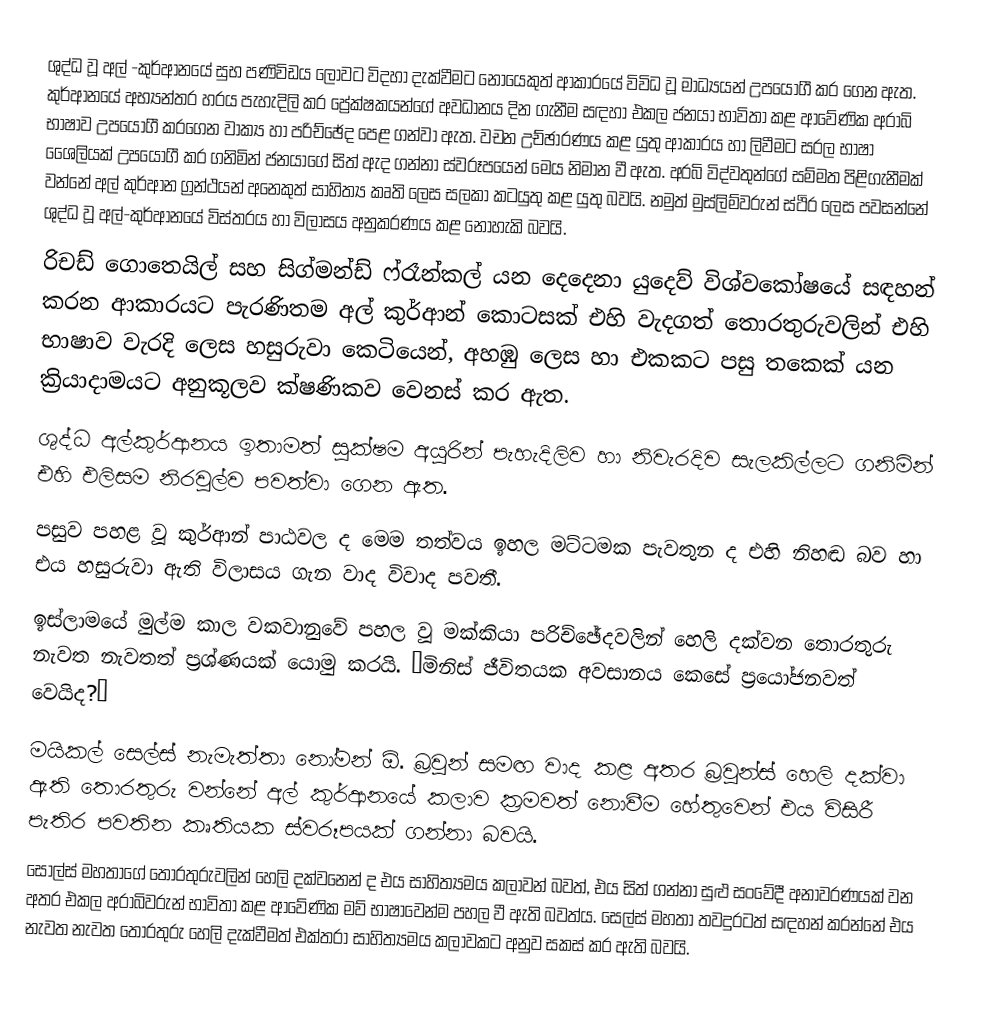
ශුද්ධ වූ අල් -කුර්ආනයේ සුභ පණිවිඩය ලොවට විදහා දැක්වීමට නොයෙකුත් ආකාරයේ විවිධ වූ මාධ්‍යයන් උප‍යෝගී කර ගෙන ඇත. කුර්ආනයේ අභ්‍යන්තර හරය පැහැදිලි කර ප්‍රේක්ෂකයන්ගේ අවධානය දින ගැනීම සඳහා එකල ජනයා භාවිතා කළ ආවේණික අරාබි භාෂාව උපයෝගී කරගෙන වාක්‍ය හා පරිච්ඡේද පෙළ ගන්වා ඇත. වචන උච්ඡාරණය කළ යුතු ආකාරය හා ලිවීමට සරල භාෂා ශෛලියක් උපයෝගී කර ගනිමින් ජනයාගේ සිත් ඇද ගන්නා ස්වරූපයෙන් මෙය නිමාන වී ඇත. අරබි විද්වතුන්ගේ සම්මත පිළිගැනීමක් වන්නේ අල් කුර්ආන‍් ග්‍රන්ථ‍යන් අනෙකුත් සාහිත්‍ය කෘති ලෙස සලකා කටයුතු කළ යුතු බවයි. නමුත් මුස්ලිම්වරුන් ස්ථිර ලෙස පවසන්නේ ශුද්ධ වූ අල්-කුර්ආනයේ විස්තරය හා විලාසය අනුකරණය කළ නොහැකි බවයි.
රිචඩ් ගොතෙයිල් සහ සිග්මන්ඩ් ෆ්රෑන්කල් යන දෙදෙනා යුදෙව් විශ්වකෝෂයේ සඳහන් කරන ආකාරයට පැරණිතම අල් කුර්ආන් කොටසක් එහි වැදගත් තොරතුරුවලින් එහි භාෂාව වැරදි ලෙස හසුරුවා කෙටියෙන්, අහඹු ලෙස  හා එකකට පසු තකෙක් යන ක්‍රියාදාමයට අනුකූලව ක්ෂණිකව වෙනස් කර ඇත.
ශුද්ධ අල්කුර්ආනය ඉතාමත් සූක්ෂම අයුරින් පැහැදිලිව හා නිවැරදිව සැලකිල්ලට ගනිමින් එහි එලිසම නිරවුල්ව පවත්වා ගෙන ඇත.
පසුව පහළ වූ කුර්ආන් පාඨවල ද මෙම තත්වය ඉහල මට්ටමක පැවතුන ද එහි නිහඬ බව හා එය හසුරුවා ඇති විලාසය ගැන වාද විවාද පවතී.
ඉස්ලාමයේ මුල්ම කාල වකවානුවේ පහල වූ මක්කියා පරිච්ඡේදවලින් හෙලි දක්වන තොරතුරු නැවත නැවතත් ප්‍රශ්ණයක් යොමු කරයි. “මිනිස් ජීවිතයක අවසානය කෙසේ ප්‍රයෝජනවත් වෙයිද?”
මයිකල් සෙල්ස් නැමැත්තා නෝමන් ඕ. බ්‍රවුන් සමඟ වාද කළ අතර බ්‍රවුන්ස් හෙලි දක්වා ඇති තොරතුරු වන්නේ අල් කුර්ආනයේ කලාව ක්‍රමවත් නොවීම හේතුවෙන් එය විසිරී පැතිර පවතින කෘතියක ස්වරූපයක් ගන්නා බවයි.
සෝල්ස් මහතාගේ තොරතුරුවලින් හෙලි දක්වන‍්නේ ද එය සාහිත්‍යමය කලාවන් බවත්, එය සිත් ගන්නා සුළු සංවේදී අනාවරණයක් වන අතර එකල අරාබිවරුන් භාවිතා කළ ආවේණික මව්  භාෂාවෙන්ම පහල වී ඇති බවත්ය. සෙල්ස් මහතා තවදුරටත් සඳහන් කරන්නේ එය නැවත නැවත තොරතුරු හෙලි දැක්වීමත් එක්තරා සාහිත්‍යමය කලාවකට අනුව සකස් කර ඇති බවයි.